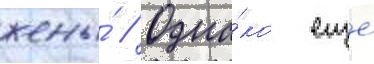
жены́ // Одна́ко еще